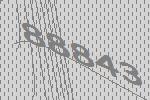
88843